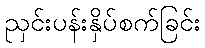
ညှင်းပန်းနှိပ်စက်ခြင်း